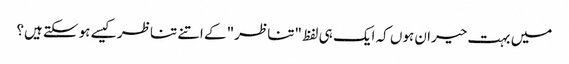
میں بہت حیران ہوں کہ ایک ہی لفظ "تناظر" کے اتنے تناظر کیسے ہوسکتے ہیں؟